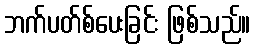
ဘက်ပတ်စ်ပေးခြင်း ဖြစ်သည်။